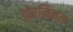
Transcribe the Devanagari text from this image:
द्वोरनिकम